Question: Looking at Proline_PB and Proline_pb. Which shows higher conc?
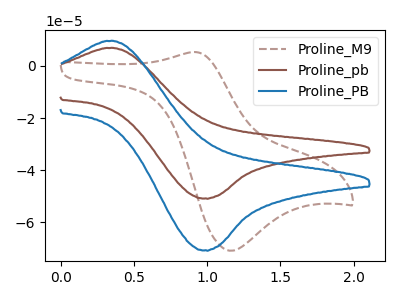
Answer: <think>The brown dashed curve "Proline_M9" has an anodic peak at (0.90V, 5.30uA) and a cathodic peak at (1.15V, -70.95uA). The brown curve "Proline_pb" has an anodic peak at (0.30V, 6.90uA) and a cathodic peak at (1.00V, -50.85uA). The blue curve "Proline_PB" has an anodic peak at (0.30V, 9.60uA) and a cathodic peak at (1.00V, -70.70uA).
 All the peaks in "Proline_PB" have a peak in "Proline_pb" at the same potential. Every peak in "Proline_PB" is higher than every peak in "Proline_pb".</think>
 <answer>"Proline_PB" has more signal than "Proline_pb" and so likely has a higher concentration.</answer>
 <eval>more_concentration</eval>